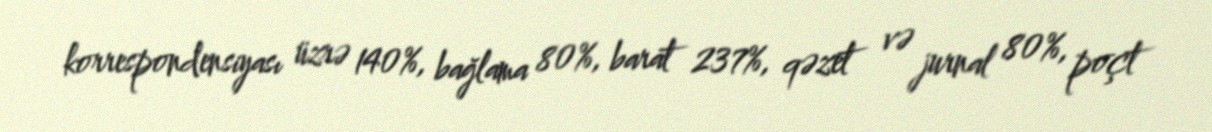
korrespondensiyası üzrə 140%, bağlama 80%, barat 237%, qəzet və jurnal 80%, poçt